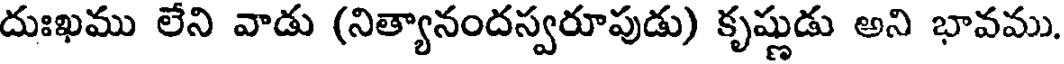
దుఃఖము లేని వాడు (నిత్యానందస్వరూపుడు) కృష్ణుడు అని భావము.